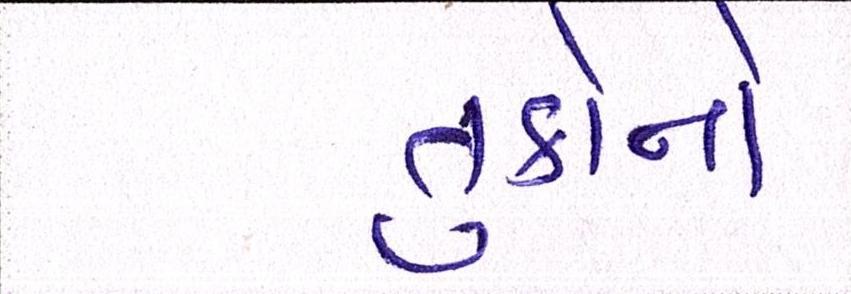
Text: તુર્કીનો